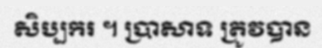
សិប្បករ ។ ប្រាសាទ ត្រូវបាន